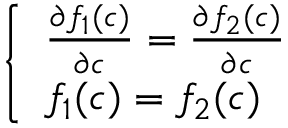
\begin{array} { r } { \left\{ \begin{array} { l l } { \frac { \partial f _ { 1 } ( c ) } { \partial c } = \frac { \partial f _ { 2 } ( c ) } { \partial c } } \\ { f _ { 1 } ( c ) = f _ { 2 } ( c ) } \end{array} \right. } \end{array}